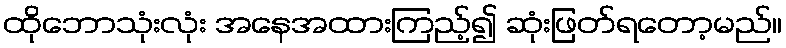
ထိုဘောသုံးလုံး အနေအထားကြည့်၍ ဆုံးဖြတ်ရတော့မည်။